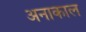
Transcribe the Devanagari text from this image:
अनाकाल